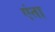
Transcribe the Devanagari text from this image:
एंता